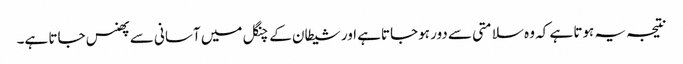
نتیجہ یہ ہوتا ہے کہ وہ سلامتی سے دور ہوجاتاہے اور شیطان کے چنگل میں آسانی سے پھنس جاتا ہے۔